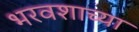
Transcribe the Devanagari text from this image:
भरवशाच्या